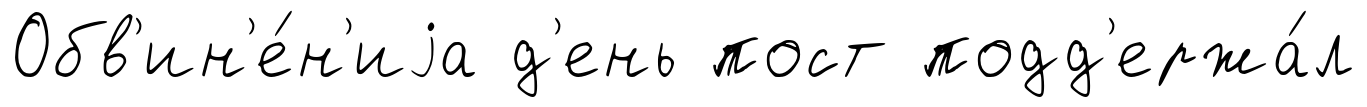
Обв'ин'е́н'иjа д'ень пост подд'ержа́л